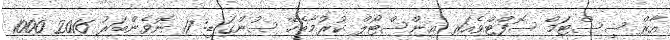
އާރް ސިސްޓަމް ސޮފްޓްވެއަރ އިންސްޓޯލް ކުރުމާބެހޭ ސުންގަޑި: 17 ނޮވެންބަރު 2016 1000